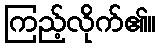
ကြည့်လိုက်၏။